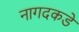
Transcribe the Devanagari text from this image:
नागदकडे